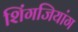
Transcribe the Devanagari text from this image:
शिंगजियांग